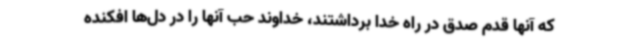
که آنها قدم صدق در راه خدا برداشتند، خداوند حب آنها را در دل‌ها افکنده